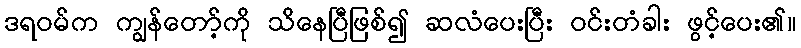
ဒရဝမ်က ကျွန်တော့်ကို သိနေပြီဖြစ်၍ ဆလံပေးပြီး ဝင်းတံခါး ဖွင့်ပေး၏။